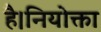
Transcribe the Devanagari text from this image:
है।नियोक्ता